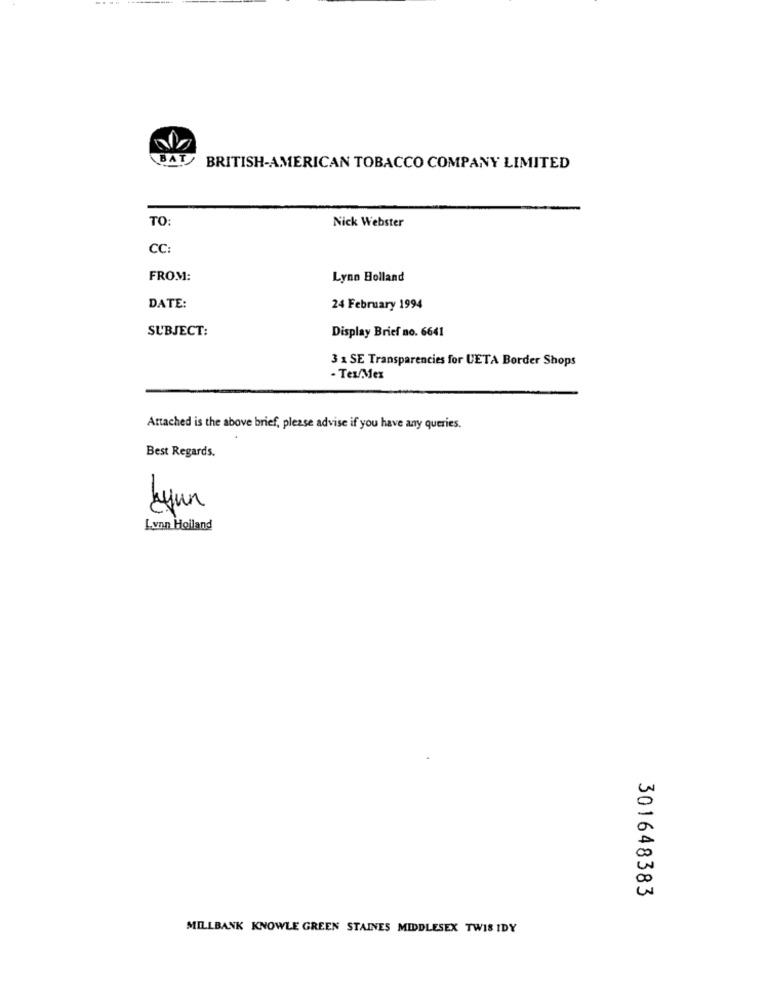
BAT
BRITISH-AMERICAN TOBACCO COMPANY LIMITED
TO:
Nick Webster
CC:
FROM:
Lynn Holland
DATE:
24 February 1994
SUBJECT:
Display Brief no. 6641
3 x SE Transparencies for UETA Border Shops
- Tex Mex
Attached is the above brief, please advise if you have any queries.
Best Regards.
dyun
Lynn Holland
301648383
MILLBANK KNOWLE GREEN STAINES MIDDLESEX TWIS IDY